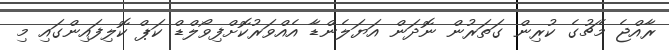
ރާއްޖެ މެޗުގެ ކުރިން ގަތަރުން ނޮދަން އަޔަލެންޑާ އެއްވަރުކޮށްފިވޯލްޑް ކަޕް ކޮލިފައިންގައި މި